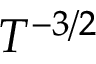
T ^ { - 3 / 2 }